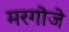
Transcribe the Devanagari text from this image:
मरगोजे